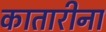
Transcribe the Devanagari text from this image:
कातारीना